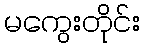
မကွေးတိုင်း